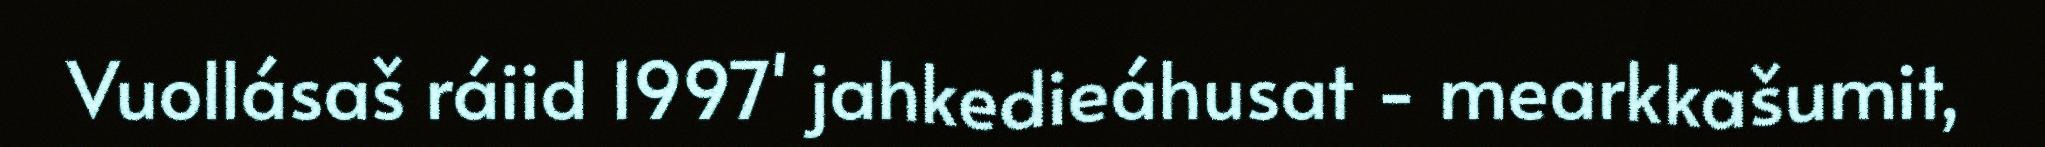
Vuollásaš ráiid 1997' jahkedieáhusat - mearkkašumit,